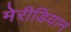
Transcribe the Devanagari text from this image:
मेरीडियान